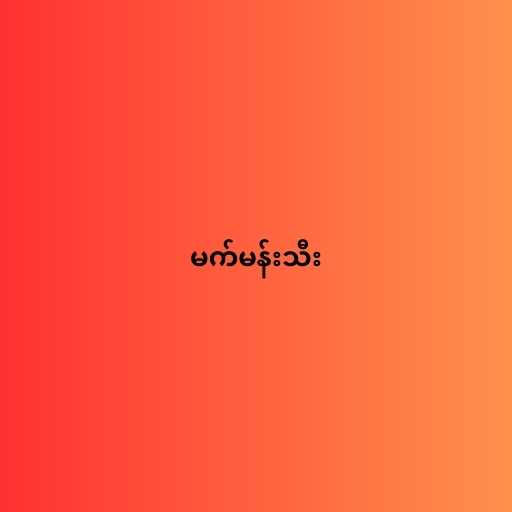
မက်မန်းသီး